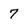
Character: 7